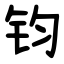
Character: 钧